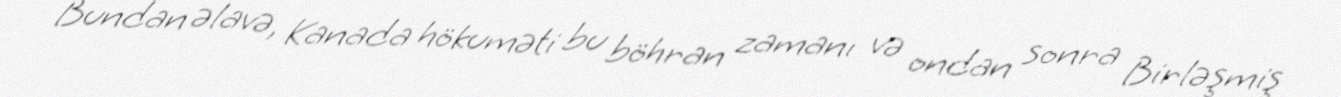
Bundan əlavə, Kanada hökuməti bu böhran zamanı və ondan sonra Birləşmiş